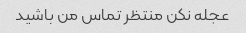
عجله نکن منتظر تماس من باشید